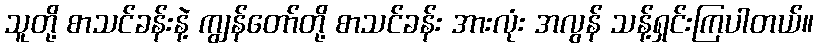
သူတို့ စာသင်ခန်းနဲ့ ကျွန်တော်တို့ စာသင်ခန်း အားလုံး အလွန် သန့်ရှင်းကြပါတယ်။